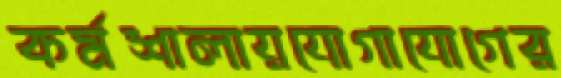
কর্মশালায়যোগাযোগের